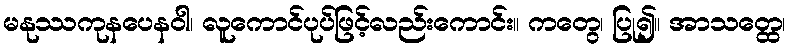
မနုဿကုနပေနဝါ၊ လူကောင်ပုပ်ဖြင့်လည်းကောင်း။ ကတွေ၊ ပြု၍။ အာသတ္ထေ၊